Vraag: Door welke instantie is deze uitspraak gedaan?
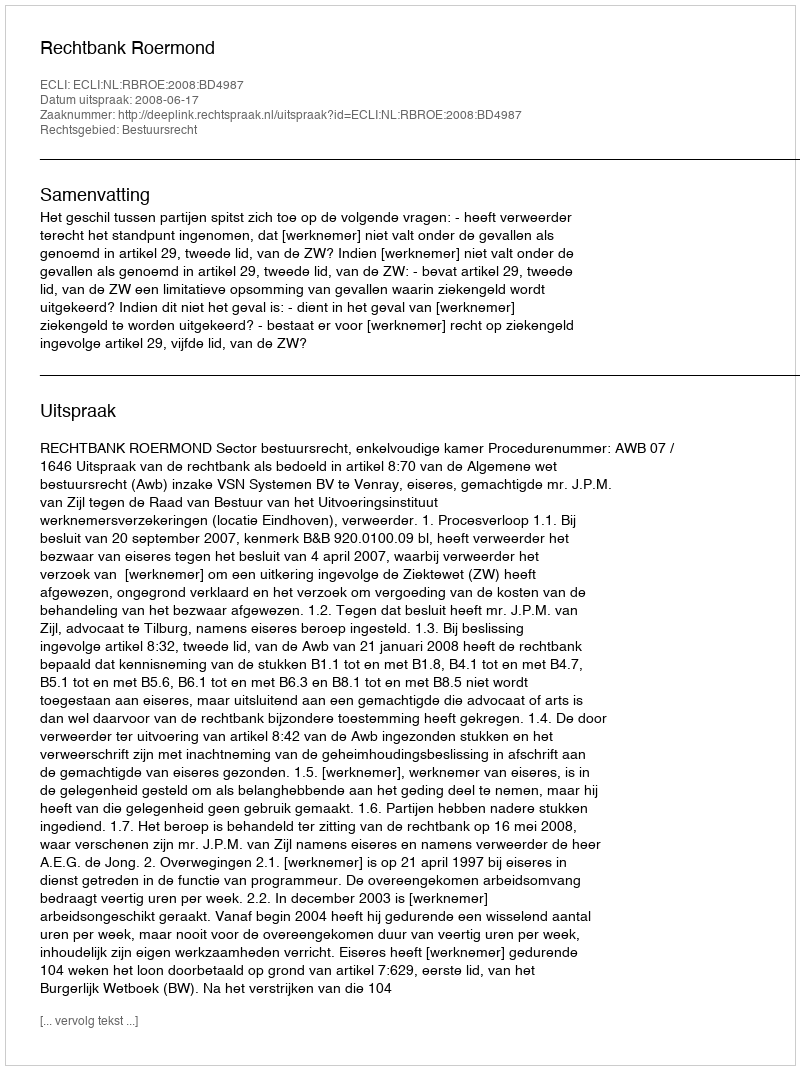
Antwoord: Rechtbank Roermond